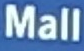
Mall